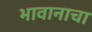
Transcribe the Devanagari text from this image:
भावानाचा